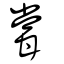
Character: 甞